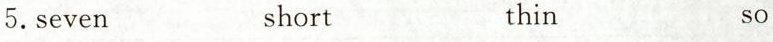
5.seven short thin so